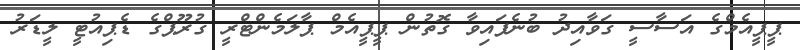
ޕީޕީއެމްގެ އަސާސީ ގަވާއިދު ބުނެފައިވާ ގޮތުން ޕީޕީއެމް ޕާލަމެންޓްރީ ގުރޫޕްގެ ޑެޕިއުޓީ ލީޑަރު